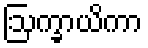
ဩက္ခာယိကာ